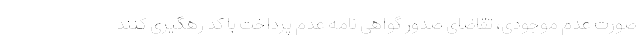
صورت عدم موجودی، تقاضای صدور گواهی نامه عدم پرداخت با کد رهگیری کنند